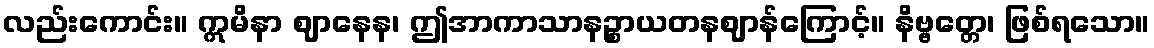
လည်းကောင်း။ ဣမိနာ ဈာနေန၊ ဤအာကာသာနဉ္စာယတနဈာန်ကြောင့်။ နိဗ္ဗတ္တေ၊ ဖြစ်ရသော။